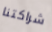
شراكتنا